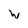
Character: w